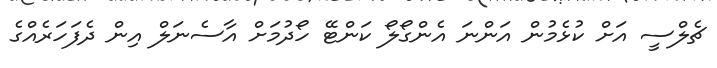
ޗެލްސީ އަށް ކުޅެމުން އަންނަ އެންގޯލޯ ކަންޓޭ ހޯދުމަށް އާސެނަލް އިން ދެފަހަރެއްގެ